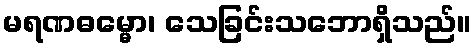
မရဏဓမ္မော၊ သေခြင်းသဘောရှိသည်။